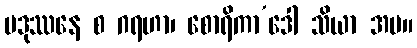
ပဒုဿနေ စ ဂရဟာ၊ စောရိကာ’ဒေါ သိယာ အပ။